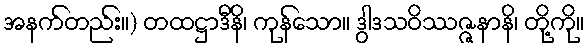
အနက်တည်း။) တထဋ္ဌာဒီနိ၊ ကုန်သော။ ဒွါဒသဝိဿဇ္ဇနာနိ၊ တို့ကို။